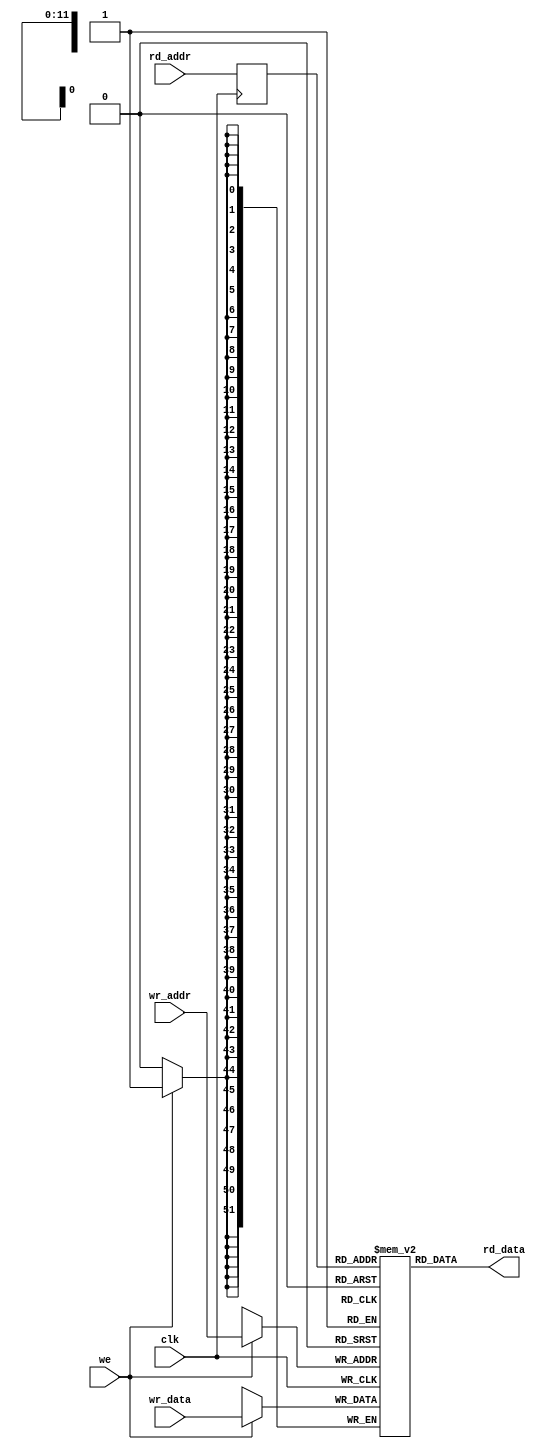
/**************************************************************************************************  
 *                                                                                                *
 *                                                                                                *
 **************************************************************************************************
 *                                                                                                *
 *  Description:   Version P2P                 				                                      *
 *                                                                                                *
 *                                                                                                *
 *                                                                                                *
 **************************************************************************************************
 *  Verilog Code                                                                                  *
 **************************************************************************************************/
 
 module rkob_ptp_ram (clk, we, wr_addr, rd_addr, wr_data, rd_data);

/**************************************************************************************************
 *      PARAMETERS                                                                                *
 **************************************************************************************************/
 
 parameter DATA_WIDTH = 52; 
 parameter ADDR_WIDTH = 12; 
 parameter MEM_DEPTH  = 4096;
 
/**************************************************************************************************
 *      INPUT PORTS                                                                               *
 **************************************************************************************************/ 
 
 input 						clk;
 input 						we;
 
 input 	[ADDR_WIDTH - 1:0] 	wr_addr;
 input 	[ADDR_WIDTH - 1:0] 	rd_addr;
 
 input  [DATA_WIDTH - 1:0] 	wr_data;
 
/**************************************************************************************************
 *      OUTPUT PORTS                                                                              *
 **************************************************************************************************/
  
 output [DATA_WIDTH - 1:0] 	rd_data;

/**************************************************************************************************
 *      WIRES & REGS                                                                              *
 **************************************************************************************************/ 
 
 reg 	[DATA_WIDTH - 1:0] 	ram [MEM_DEPTH - 1:0];
 reg 	[ADDR_WIDTH - 1:0] 	rd_addr_r;

/**************************************************************************************************
 *      CONTENT                                                                                   *
 **************************************************************************************************/ 
 
 integer i;                                        //    
 initial
	begin
		for (i = 0; i < MEM_DEPTH; i = i + 1)
			begin
				ram[i] = {(DATA_WIDTH){1'b0}};					
			end	
	end

 always @(posedge clk) 
    begin
        if (we)
            ram[wr_addr] <= wr_data;
      
         rd_addr_r <= rd_addr;
     end
     
 assign rd_data = ram[rd_addr_r];

 endmodule // rkob_ptp_ram